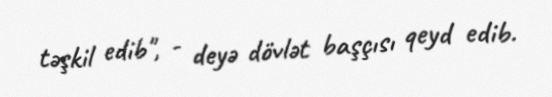
təşkil edib", - deyə dövlət başçısı qeyd edib.